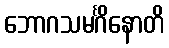
ဘောဂသမင်္ဂိနောတိ